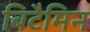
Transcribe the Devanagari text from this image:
बिटैमिन